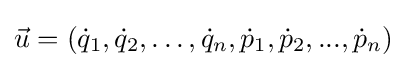
{\vec {u}}=({\dot {q}}_{1},{\dot {q}}_{2},\dots ,{\dot {q}}_{n},{\dot {p}}_{1},{\dot {p}}_{2},...,{\dot {p}}_{n})